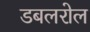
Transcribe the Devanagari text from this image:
डबलरोल